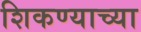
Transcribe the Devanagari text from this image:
शिकण्याच्‍या